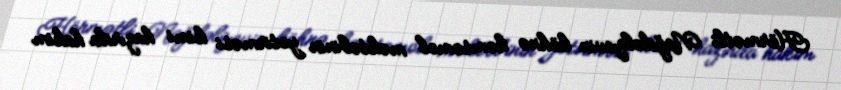
Hörmətli Nağdəliyevin köhnə komsomol məktəbinin yetirməsi kimi hazırda hakim